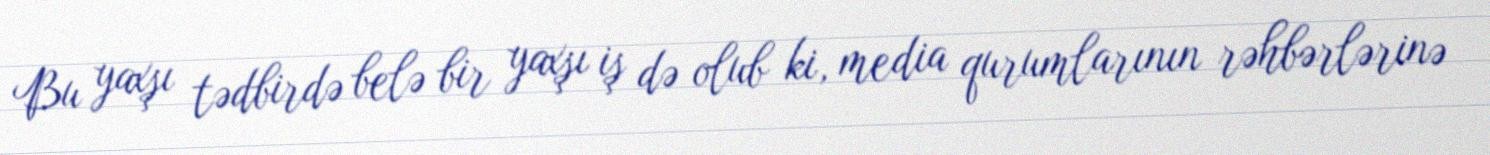
Bu yaxşı tədbirdə belə bir yaxşı iş də olub ki, media qurumlarının rəhbərlərinə